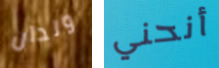
ولدان أنحني